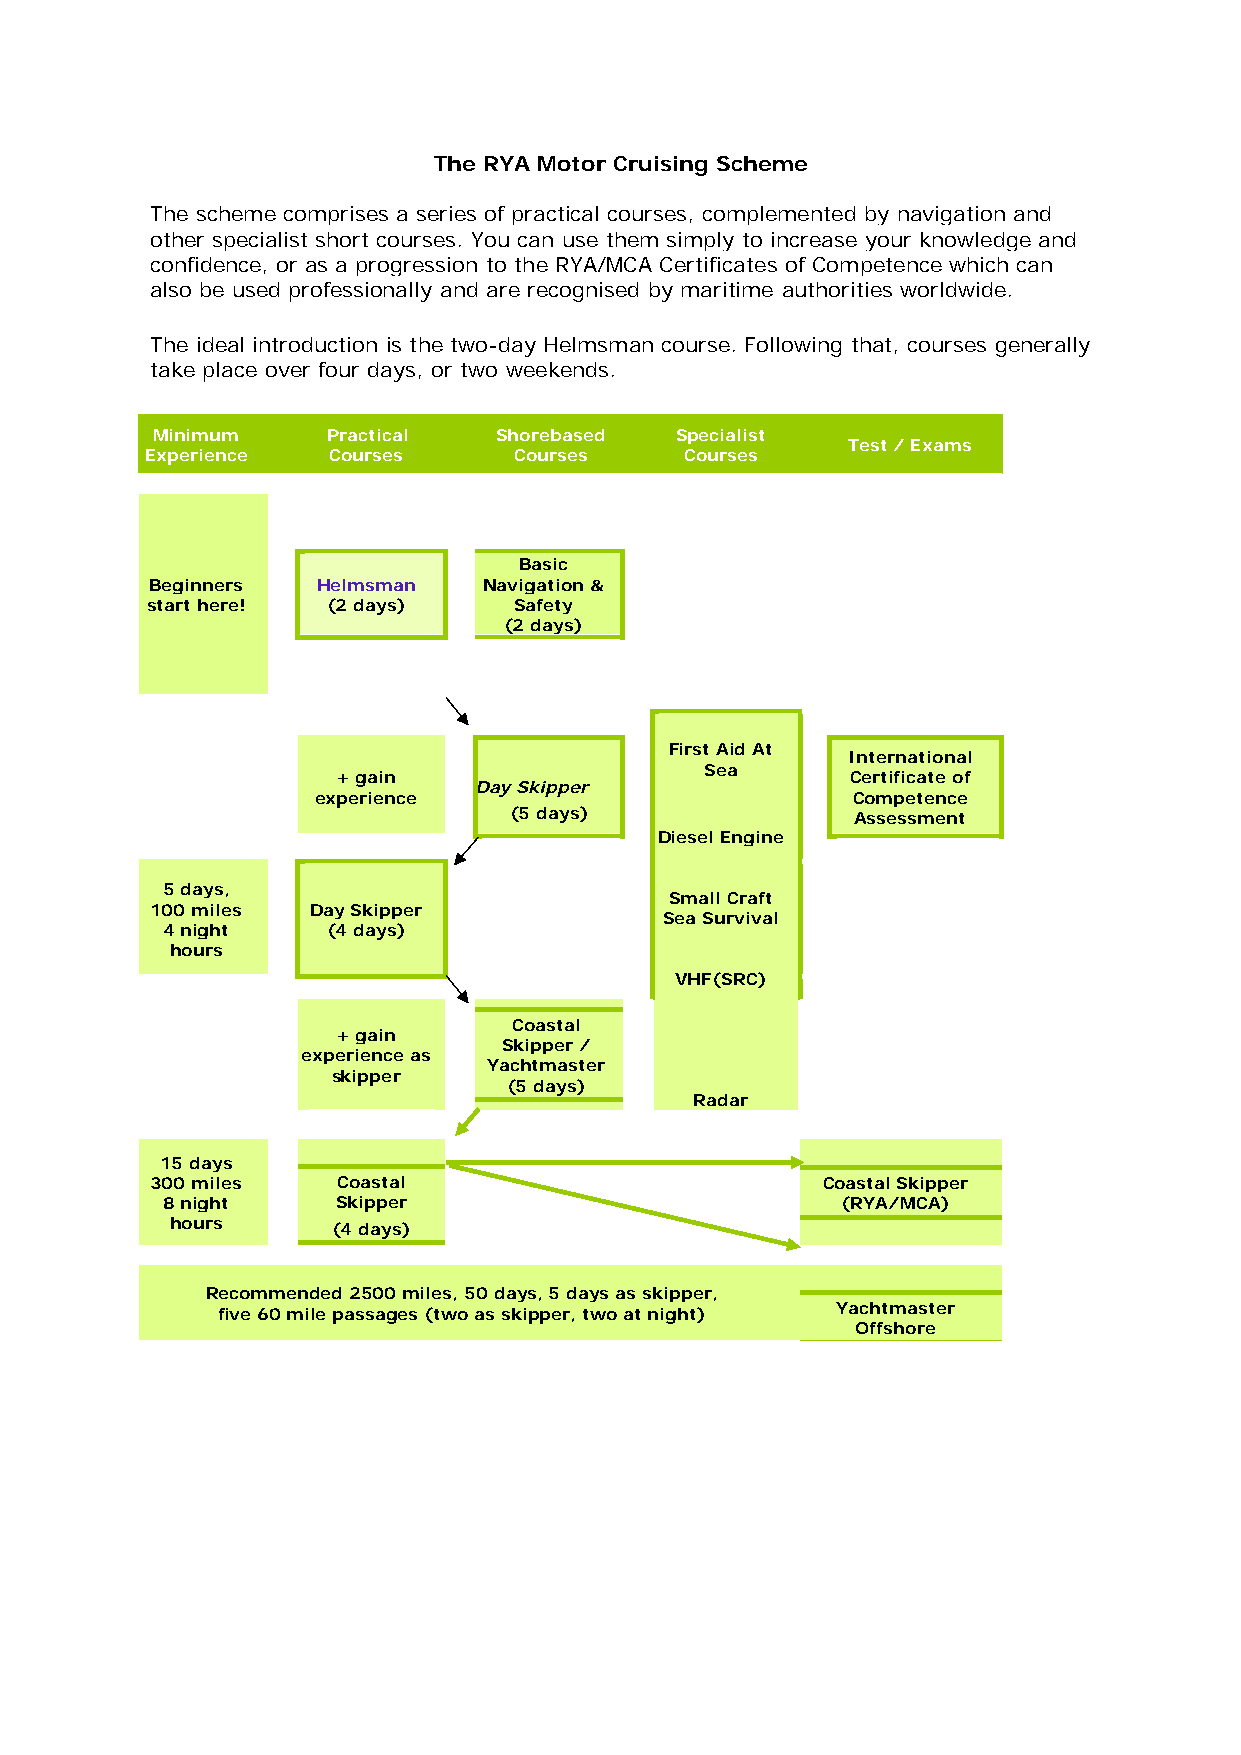
The RYA Motor Cruising Scheme
 The scheme comprises a series of practical courses, complemented by navigation and
 other specialist short courses. You can use them simply to increase your knowledge and
 confidence, or as a progression to the RYA/MCA Certificates of Competence which can
 also be used professionally and are recognised by maritime authorities worldwide.
 The ideal introduction is the two-day Helmsman course. Following that, courses generally
 take place over four days, or two weekends.
 Minimum     Practical  Shorebased  Specialist
 Test / Exams
 Experience  Courses     Courses    Courses
 Basic
 Beginners  Helmsman   Navigation &
 start here! (2 days)    Safety
 (2 days)
 First Aid At
 International
 Sea
 + gain                            Certificate of
 Day Skipper
 experience                         Competence
 (5 days)               Assessment
 Diesel Engine
 5 days,
 Small Craft
 100 miles Day Skipper
 Sea Survival
 4 night    (4 days)
 hours
 VHF(SRC)
 Coastal
 + gain
 Skipper /
 experience as
 Yachtmaster
 skipper
 (5 days)
 Radar
 15 days
 300 miles   Coastal                         Coastal Skipper
 8 night    Skipper                           (RYA/MCA)
 hours      (4 days)
 Recommended 2500 miles, 50 days, 5 days as skipper,
 five 60 mile passages (two as skipper, two at night) Yachtmaster
 Offshore